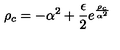
\rho _ { c } = - \alpha ^ { 2 } + { \frac { \epsilon } { 2 } } e ^ { \frac { \rho _ { c } } { \alpha ^ { 2 } } }